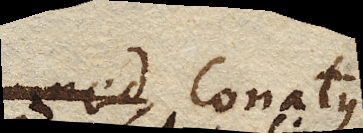
med Conatus